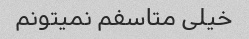
خیلی متاسفم نمیتونم